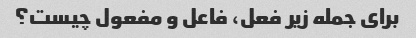
برای جمله زیر فعل، فاعل و مفعول چیست؟